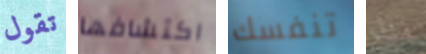
تقول اكتشافها تنفسك منذ